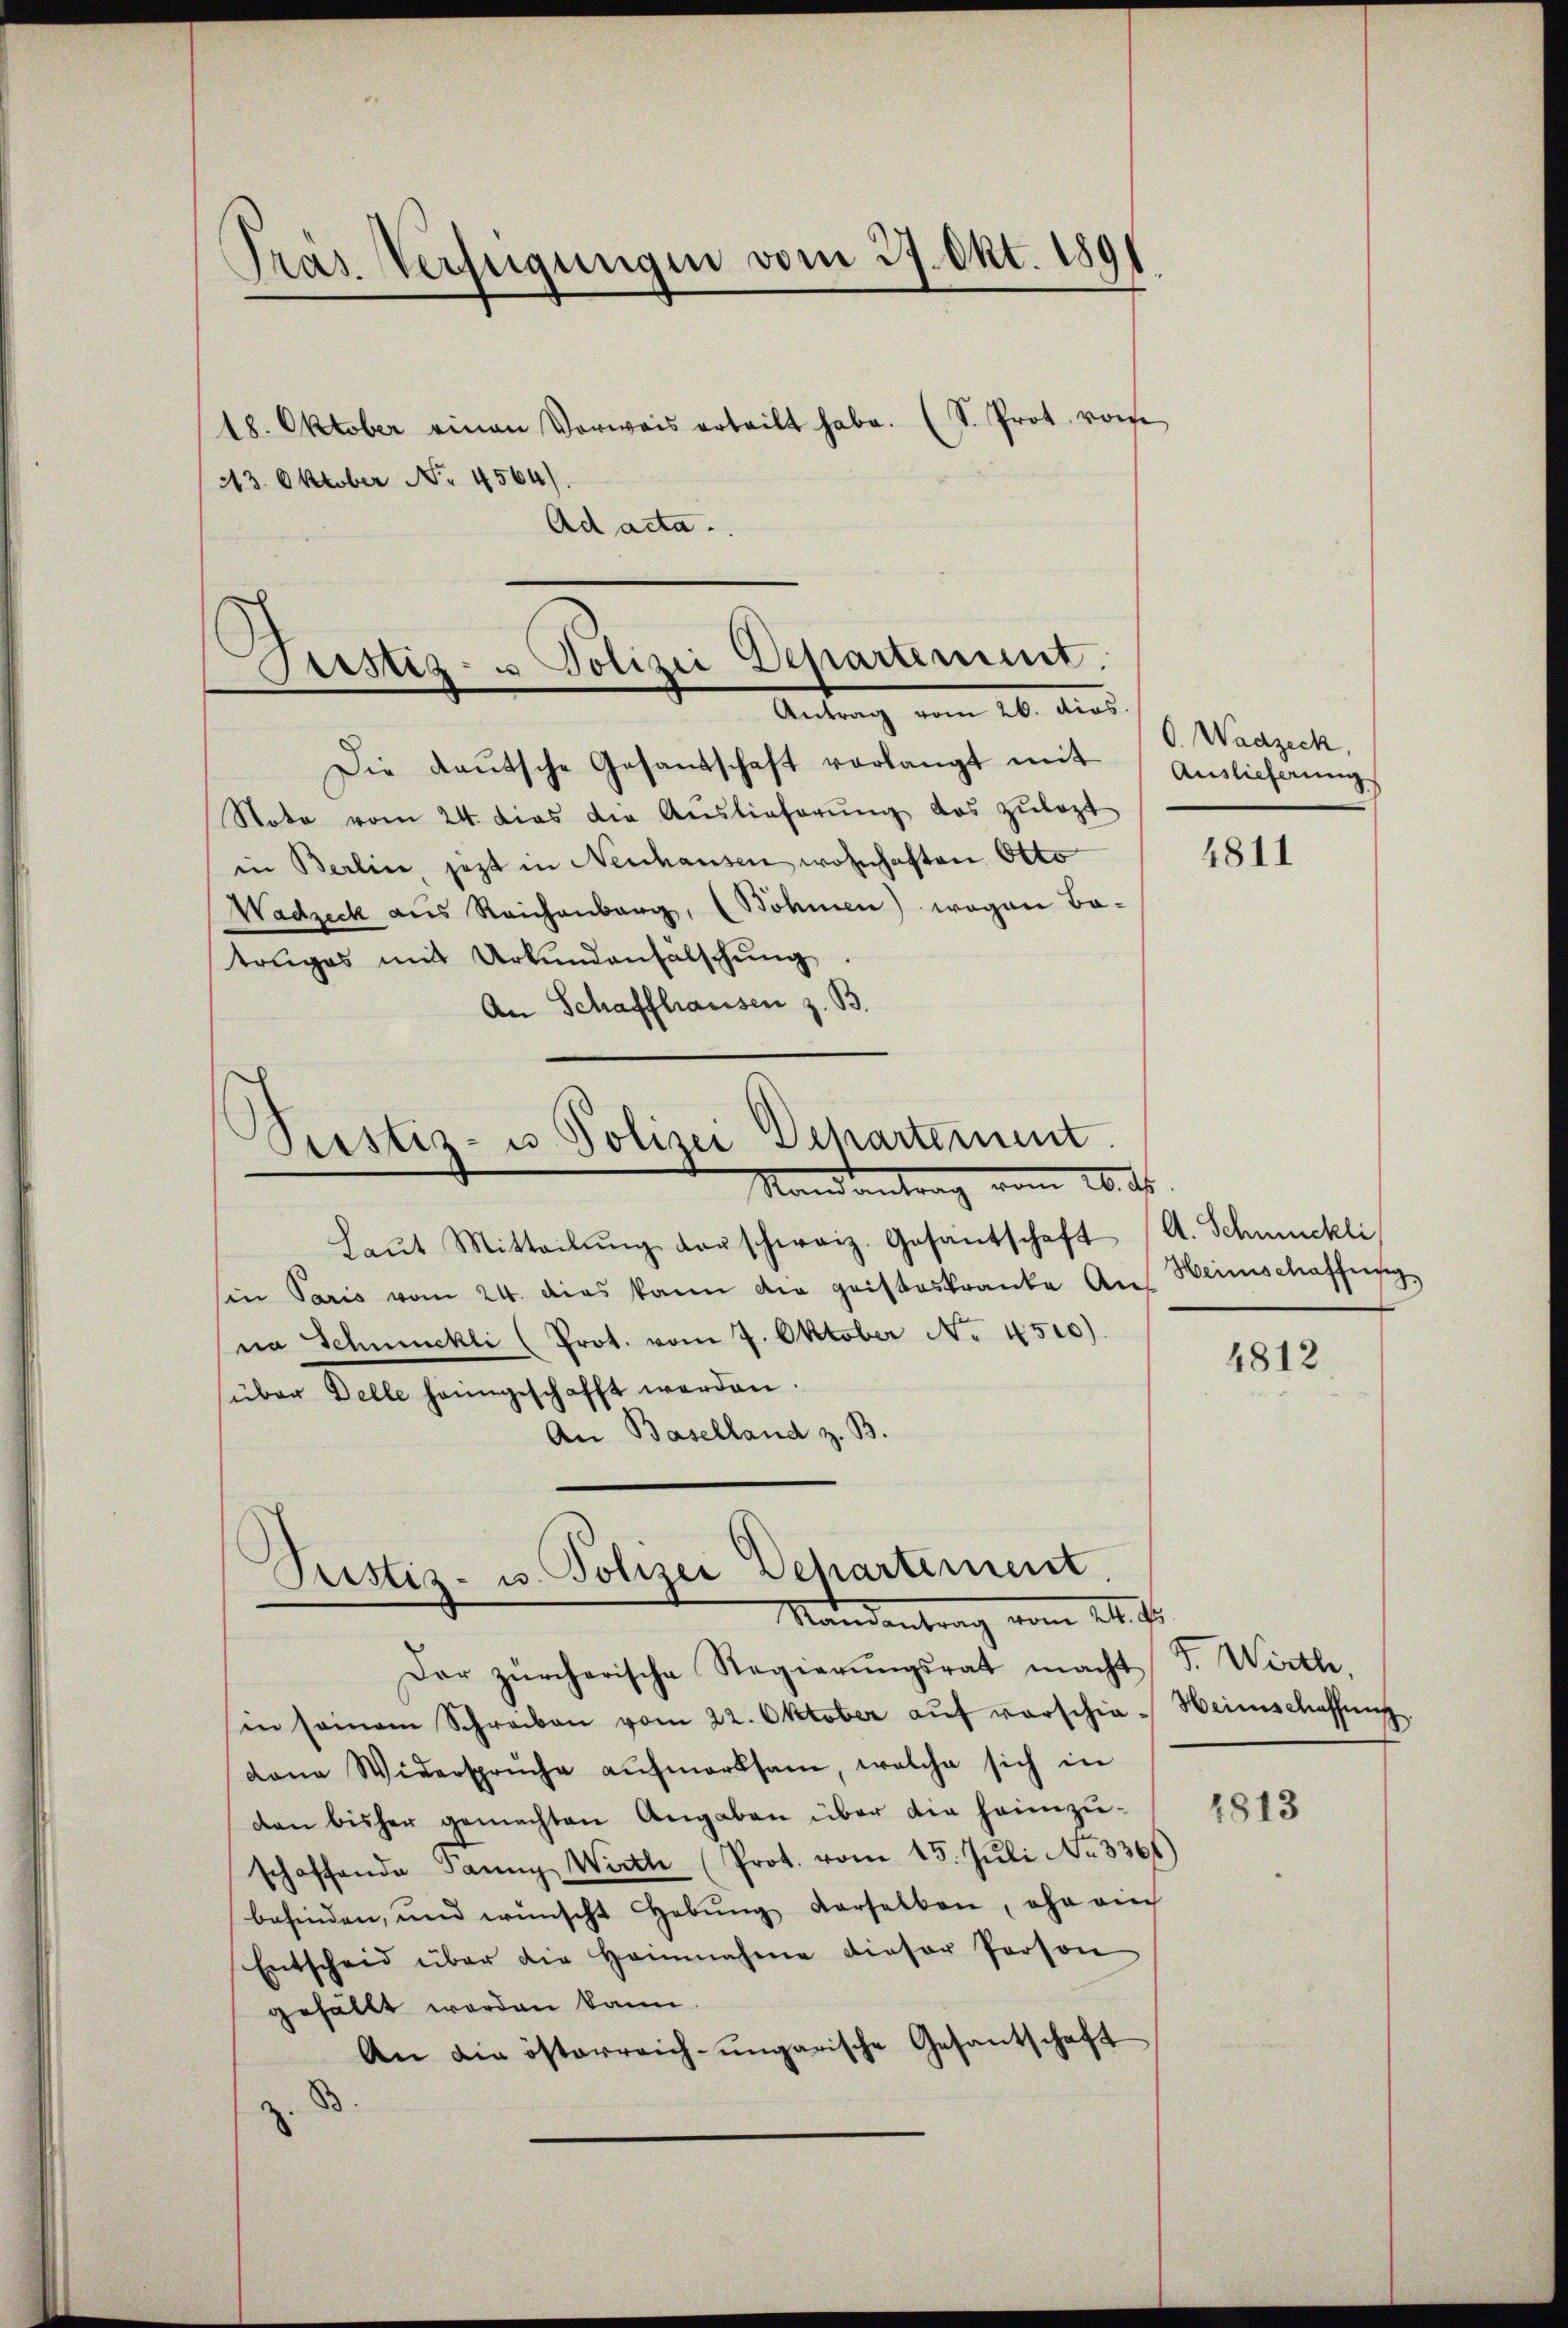
Pras. Verfügungen vom 27. Okt. 1891

18. Oktober einen Vorwais erteilt habe. (S. Prot. vom
13. Oktober No. 4564).
Ad acta.

Justiz- u Polizei Departement.
Antrag vom 20. Aus

Die daŭtsche Gesandschaft vorlangt mit
Stote vom 24. dies die Aŭslieferŭng das zŭlazt
in Berlin jetzt in Neuhausen wohnhaften Otto
Wadzeck aus Reichenbarg, (Böhmen) wegen Batruges mit Urkundenfalschŭng.
An Schaffhausen z. B.

.
Pustiz- u Polizei Departement.
Randantrag vom 10. ds.

Laŭt Mitteilŭng der schweiz. Gesantschaft
in Paris vom 24. dies kann die geisteskranke An-
na Schmuckli (Prot. vom 7. Oktober No. 4510).
über Delle heimgeschafft werden.
An Baselland z. B.
Pustiz- u. Polizei Departement

Mandantrag vom 24. d.

O. Wadzeck,
Auslieferung

Der zürcherische Regierŭngsrat macht S. Wirth
sin seinem Schreiben vom 22. Oktober aŭf vorschie-
daene Widersprüche aŭfmerksam, welche sich in
den bisher gemachten Angaben über die heimzuschaffende Fanny, Wirth (Prot. vom 15. Juli No 3361)
befinden, und wünscht Hebung derselben, ohn auch
Entscheid über die Heinnahme dieser Person
gefällt worden kann.
An die österreich-ungarische Gesantschaft
.

4811

A. Schmuckli
Heimschaffeesig

4812

Heimschaffung.

1813